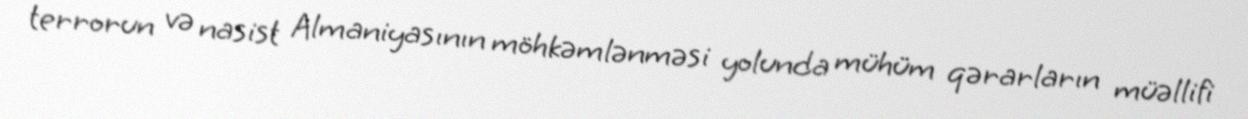
terrorun və nasist Almaniyasının möhkəmlənməsi yolunda mühüm qərarların müəllifi